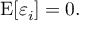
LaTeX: \operatorname { E } [ \varepsilon _ { i } ] = 0 .